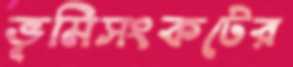
ভূমিসংকটের